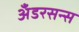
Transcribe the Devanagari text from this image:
अँडरसन्स